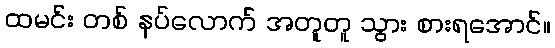
ထမင်း တစ် နပ်လောက် အတူတူ သွား စားရအောင်။